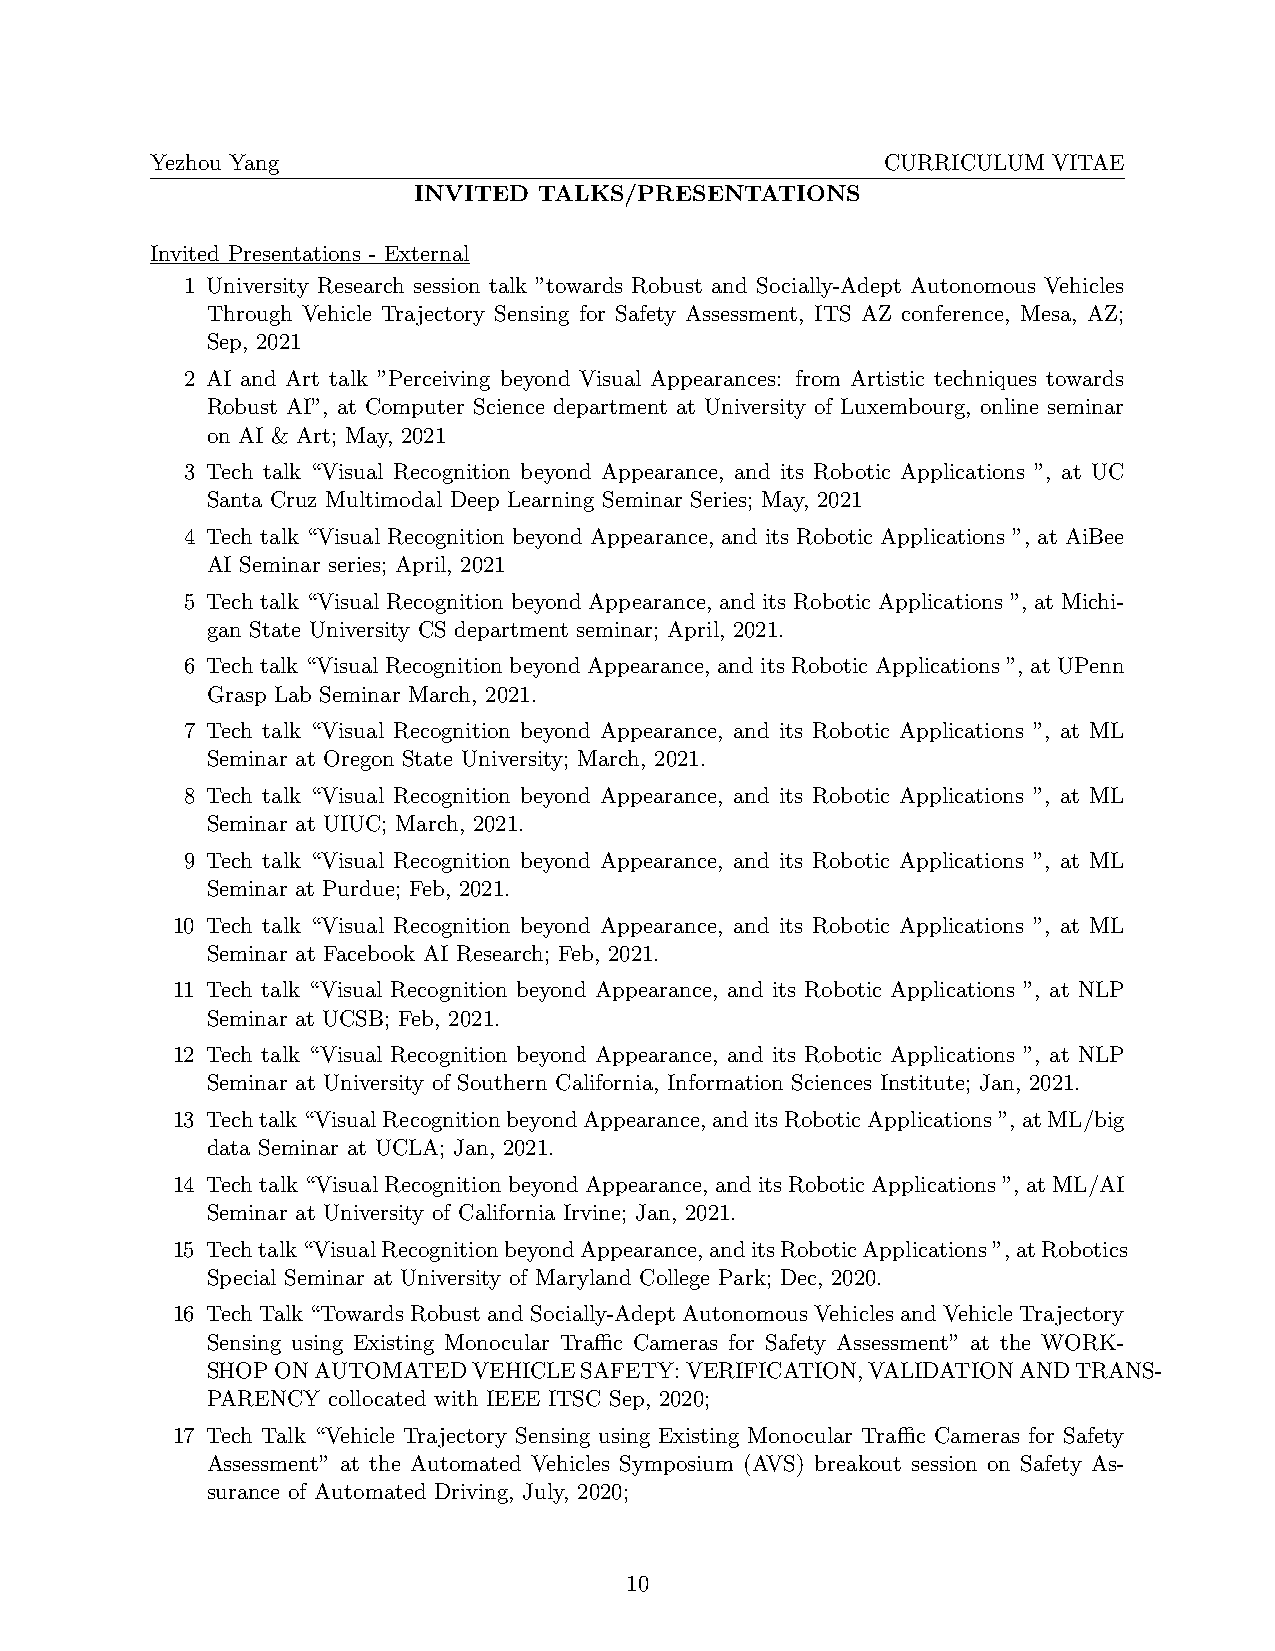
Yezhou Yang                                      CURRICULUM VITAE
 INVITED  TALKS/PRESENTATIONS
 Invited Presentations - External
 1 University Research session talk ”towards Robust and Socially-Adept Autonomous Vehicles
 Through Vehicle Trajectory Sensing for Safety Assessment, ITS AZ conference, Mesa, AZ;
 Sep, 2021
 2 AI and Art talk ”Perceiving beyond Visual Appearances: from Artistic techniques towards
 Robust AI”, at Computer Science department at University of Luxembourg, online seminar
 on AI & Art; May, 2021
 3 Tech talk “Visual Recognition beyond Appearance, and its Robotic Applications ”, at UC
 Santa Cruz Multimodal Deep Learning Seminar Series; May, 2021
 4 Tech talk “Visual Recognition beyond Appearance, and its Robotic Applications ”, at AiBee
 AI Seminar series; April, 2021
 5 Tech talk “Visual Recognition beyond Appearance, and its Robotic Applications ”, at Michi-
 gan State University CS department seminar; April, 2021.
 6 Tech talk “Visual Recognition beyond Appearance, and its Robotic Applications ”, at UPenn
 Grasp Lab Seminar March, 2021.
 7 Tech talk “Visual Recognition beyond Appearance, and its Robotic Applications ”, at ML
 Seminar at Oregon State University; March, 2021.
 8 Tech talk “Visual Recognition beyond Appearance, and its Robotic Applications ”, at ML
 Seminar at UIUC; March, 2021.
 9 Tech talk “Visual Recognition beyond Appearance, and its Robotic Applications ”, at ML
 Seminar at Purdue; Feb, 2021.
 10 Tech talk “Visual Recognition beyond Appearance, and its Robotic Applications ”, at ML
 Seminar at Facebook AI Research; Feb, 2021.
 11 Tech talk “Visual Recognition beyond Appearance, and its Robotic Applications ”, at NLP
 Seminar at UCSB; Feb, 2021.
 12 Tech talk “Visual Recognition beyond Appearance, and its Robotic Applications ”, at NLP
 Seminar at University of Southern California, Information Sciences Institute; Jan, 2021.
 13 Techtalk“VisualRecognitionbeyondAppearance,anditsRoboticApplications”,atML/big
 data Seminar at UCLA; Jan, 2021.
 14 Techtalk“VisualRecognitionbeyondAppearance, anditsRoboticApplications”, atML/AI
 Seminar at University of California Irvine; Jan, 2021.
 15 Techtalk“VisualRecognitionbeyondAppearance,anditsRoboticApplications”,atRobotics
 Special Seminar at University of Maryland College Park; Dec, 2020.
 16 TechTalk “TowardsRobustand Socially-AdeptAutonomousVehicles and VehicleTrajectory
 Sensing using Existing Monocular Traffic Cameras for Safety Assessment” at the WORK-
 SHOPONAUTOMATEDVEHICLESAFETY:VERIFICATION,VALIDATIONANDTRANS-
 PARENCY collocated with IEEE ITSC Sep, 2020;
 17 Tech Talk “Vehicle Trajectory Sensing using Existing Monocular Traffic Cameras for Safety
 Assessment” at the Automated Vehicles Symposium (AVS) breakout session on Safety As-
 surance of Automated Driving, July, 2020;
 10